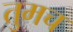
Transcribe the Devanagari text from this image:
तुमच